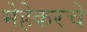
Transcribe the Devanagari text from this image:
मेहेकरचे